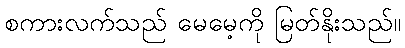
စကားလက်သည် မေမေ့ကို မြတ်နိုးသည်။